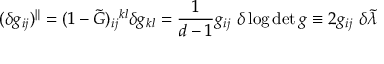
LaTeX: ( \delta g _ { i j } ) ^ { \Vert } = ( 1 - \tilde { G } ) _ { i j } { } ^ { k l } \delta g _ { k l } = \frac { 1 } { d - 1 } g _ { i j } \ \delta \log \operatorname * { d e t } g \equiv 2 g _ { i j } \ \delta \tilde { \lambda }